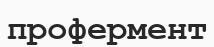
профермент